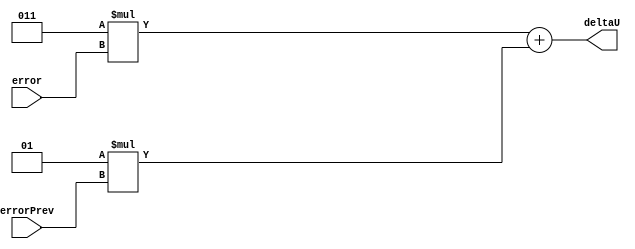
`timescale 1ns / 1ps
//////////////////////////////////////////////////////////////////////////////////
// Company: 
// Engineer: 
// 
// Design Name: 
// Module Name: deltaU
// Project Name: 
// Target Devices: 
// Tool Versions: 
// Description: 
// 
// Dependencies: 
// 
// Revision:
// Revision 0.01 - File Created
// Additional Comments:
// 
//////////////////////////////////////////////////////////////////////////////////


module deltaU(error,errorPrev,deltaU);

    input signed [15:0] error;
    input signed [15:0] errorPrev;  
    output signed [15:0] deltaU; 
    
 parameter KpKi = 3; 
 parameter KiKp = 1; 
 
assign deltaU = (KpKi * error) + (KiKp * errorPrev); 
  
endmodule